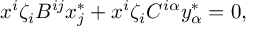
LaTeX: x ^ { i } \zeta _ { i } B ^ { i j } x _ { j } ^ { * } + x ^ { i } \zeta _ { i } C ^ { i \alpha } y _ { \alpha } ^ { * } = 0 ,